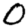
Digit: 0